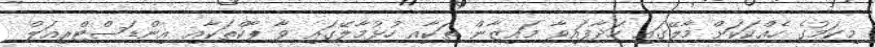
މިކަމުގެ ހެއްކަކަށް މާލޭގައި ހަދާފައިވާ މައިޒާން ތަކާއި ހުޅުމާލޭގައި ވާ ޕާކްތަކާއި އިންޑަސްޓްރިއަލް